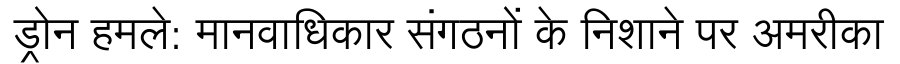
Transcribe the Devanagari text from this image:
ड्रोन हमले: मानवाधिकार संगठनों के निशाने पर अमरीका